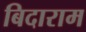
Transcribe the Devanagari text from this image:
बिदाराम